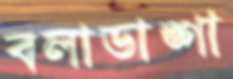
বলাডাঙ্গা